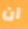
ان